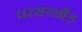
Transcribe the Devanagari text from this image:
परराय्नौड़